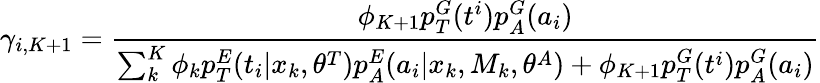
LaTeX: \gamma_{i,K+1}=\frac{\phi_{K+1}p_{T}^{G}(t^{i})p_{A}^{G}(a_{i})}{\sum_{k}^{K}\phi_{k}p_{T}^{E}(t_{i}|x_{k},\theta^{T})p_{A}^{E}(a_{i}|x_{k},M_{k},\theta^{A})+\phi_{K+1}p_{T}^{G}(t^{i})p_{A}^{G}(a_{i})}